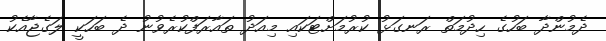
ދެމުންދާ ބަހުގެ ހިދުމަތް ރަނގަޅު ކުރުމަށްޓަކައި މިއަދު ތައާރަފްކުރެވުނު ދެ ބަހަކީ ލަގެޖާއެކު